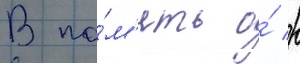
В па́м'ять о́ р